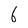
Character: 6